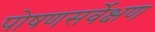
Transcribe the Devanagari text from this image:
पोषणसर्वेक्षण